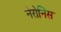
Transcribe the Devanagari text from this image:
नेरोनिस